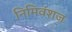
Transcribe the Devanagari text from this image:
निमिवंशज